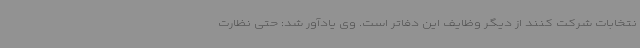
نتخابات شرکت کنند از دیگر وظایف این دفاتر است. وی یادآور شد: حتی نظارت